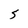
Character: S